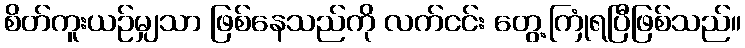
စိတ်ကူးယဉ်မျှသာ ဖြစ်နေသည်ကို လက်ငင်း တွေ့ကြုံရပြီဖြစ်သည်။